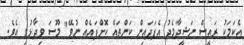
އެކަމަކު ރައީސް ނަޝީދާމެދު އެފަދައިން ކަންތައް ކޮށްފައެއް ނުވޭ" މޫސަ ވިދާޅުވި އެވެ.